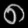
Digit: ၈